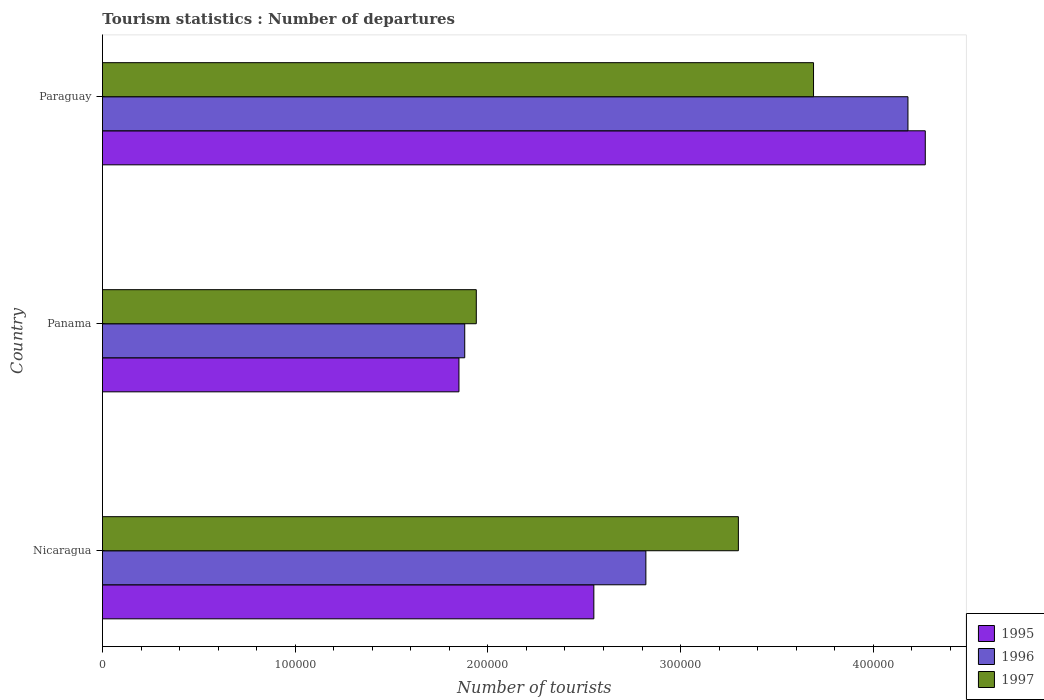
| Country | 1995 | 1996 | 1997 |
 | --- | --- | --- | --- |
 | Nicaragua | 2.55e+05 | 2.82e+05 | 3.3e+05 |
 | Panama | 1.85e+05 | 1.88e+05 | 1.94e+05 |
 | Paraguay | 4.27e+05 | 4.18e+05 | 3.69e+05 |